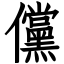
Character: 儻